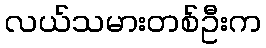
လယ်သမားတစ်ဦးက